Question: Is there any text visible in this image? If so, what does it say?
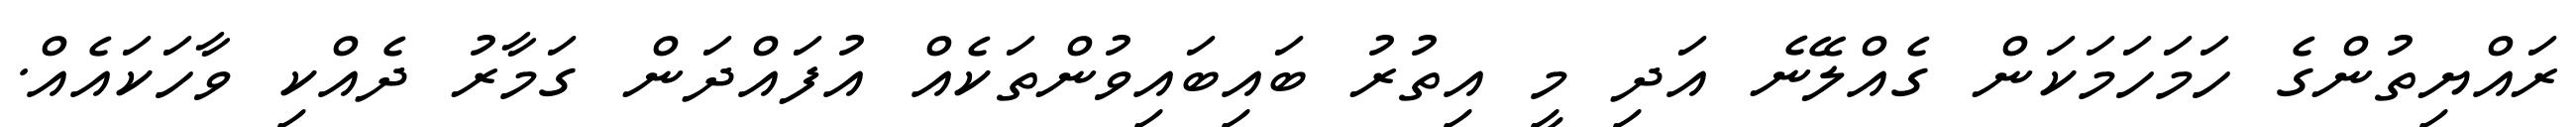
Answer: ރައްޔިތުންގެ ހަމަހަމަކަން ގެއްލޭނެ އަދި މީ އިތުރު ބައިބައިވުންތަކެއް އުފައްދަން ގަމާރު ދެއްކި ވާހަކައެއް.